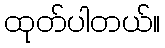
ထုတ်ပါတယ်။